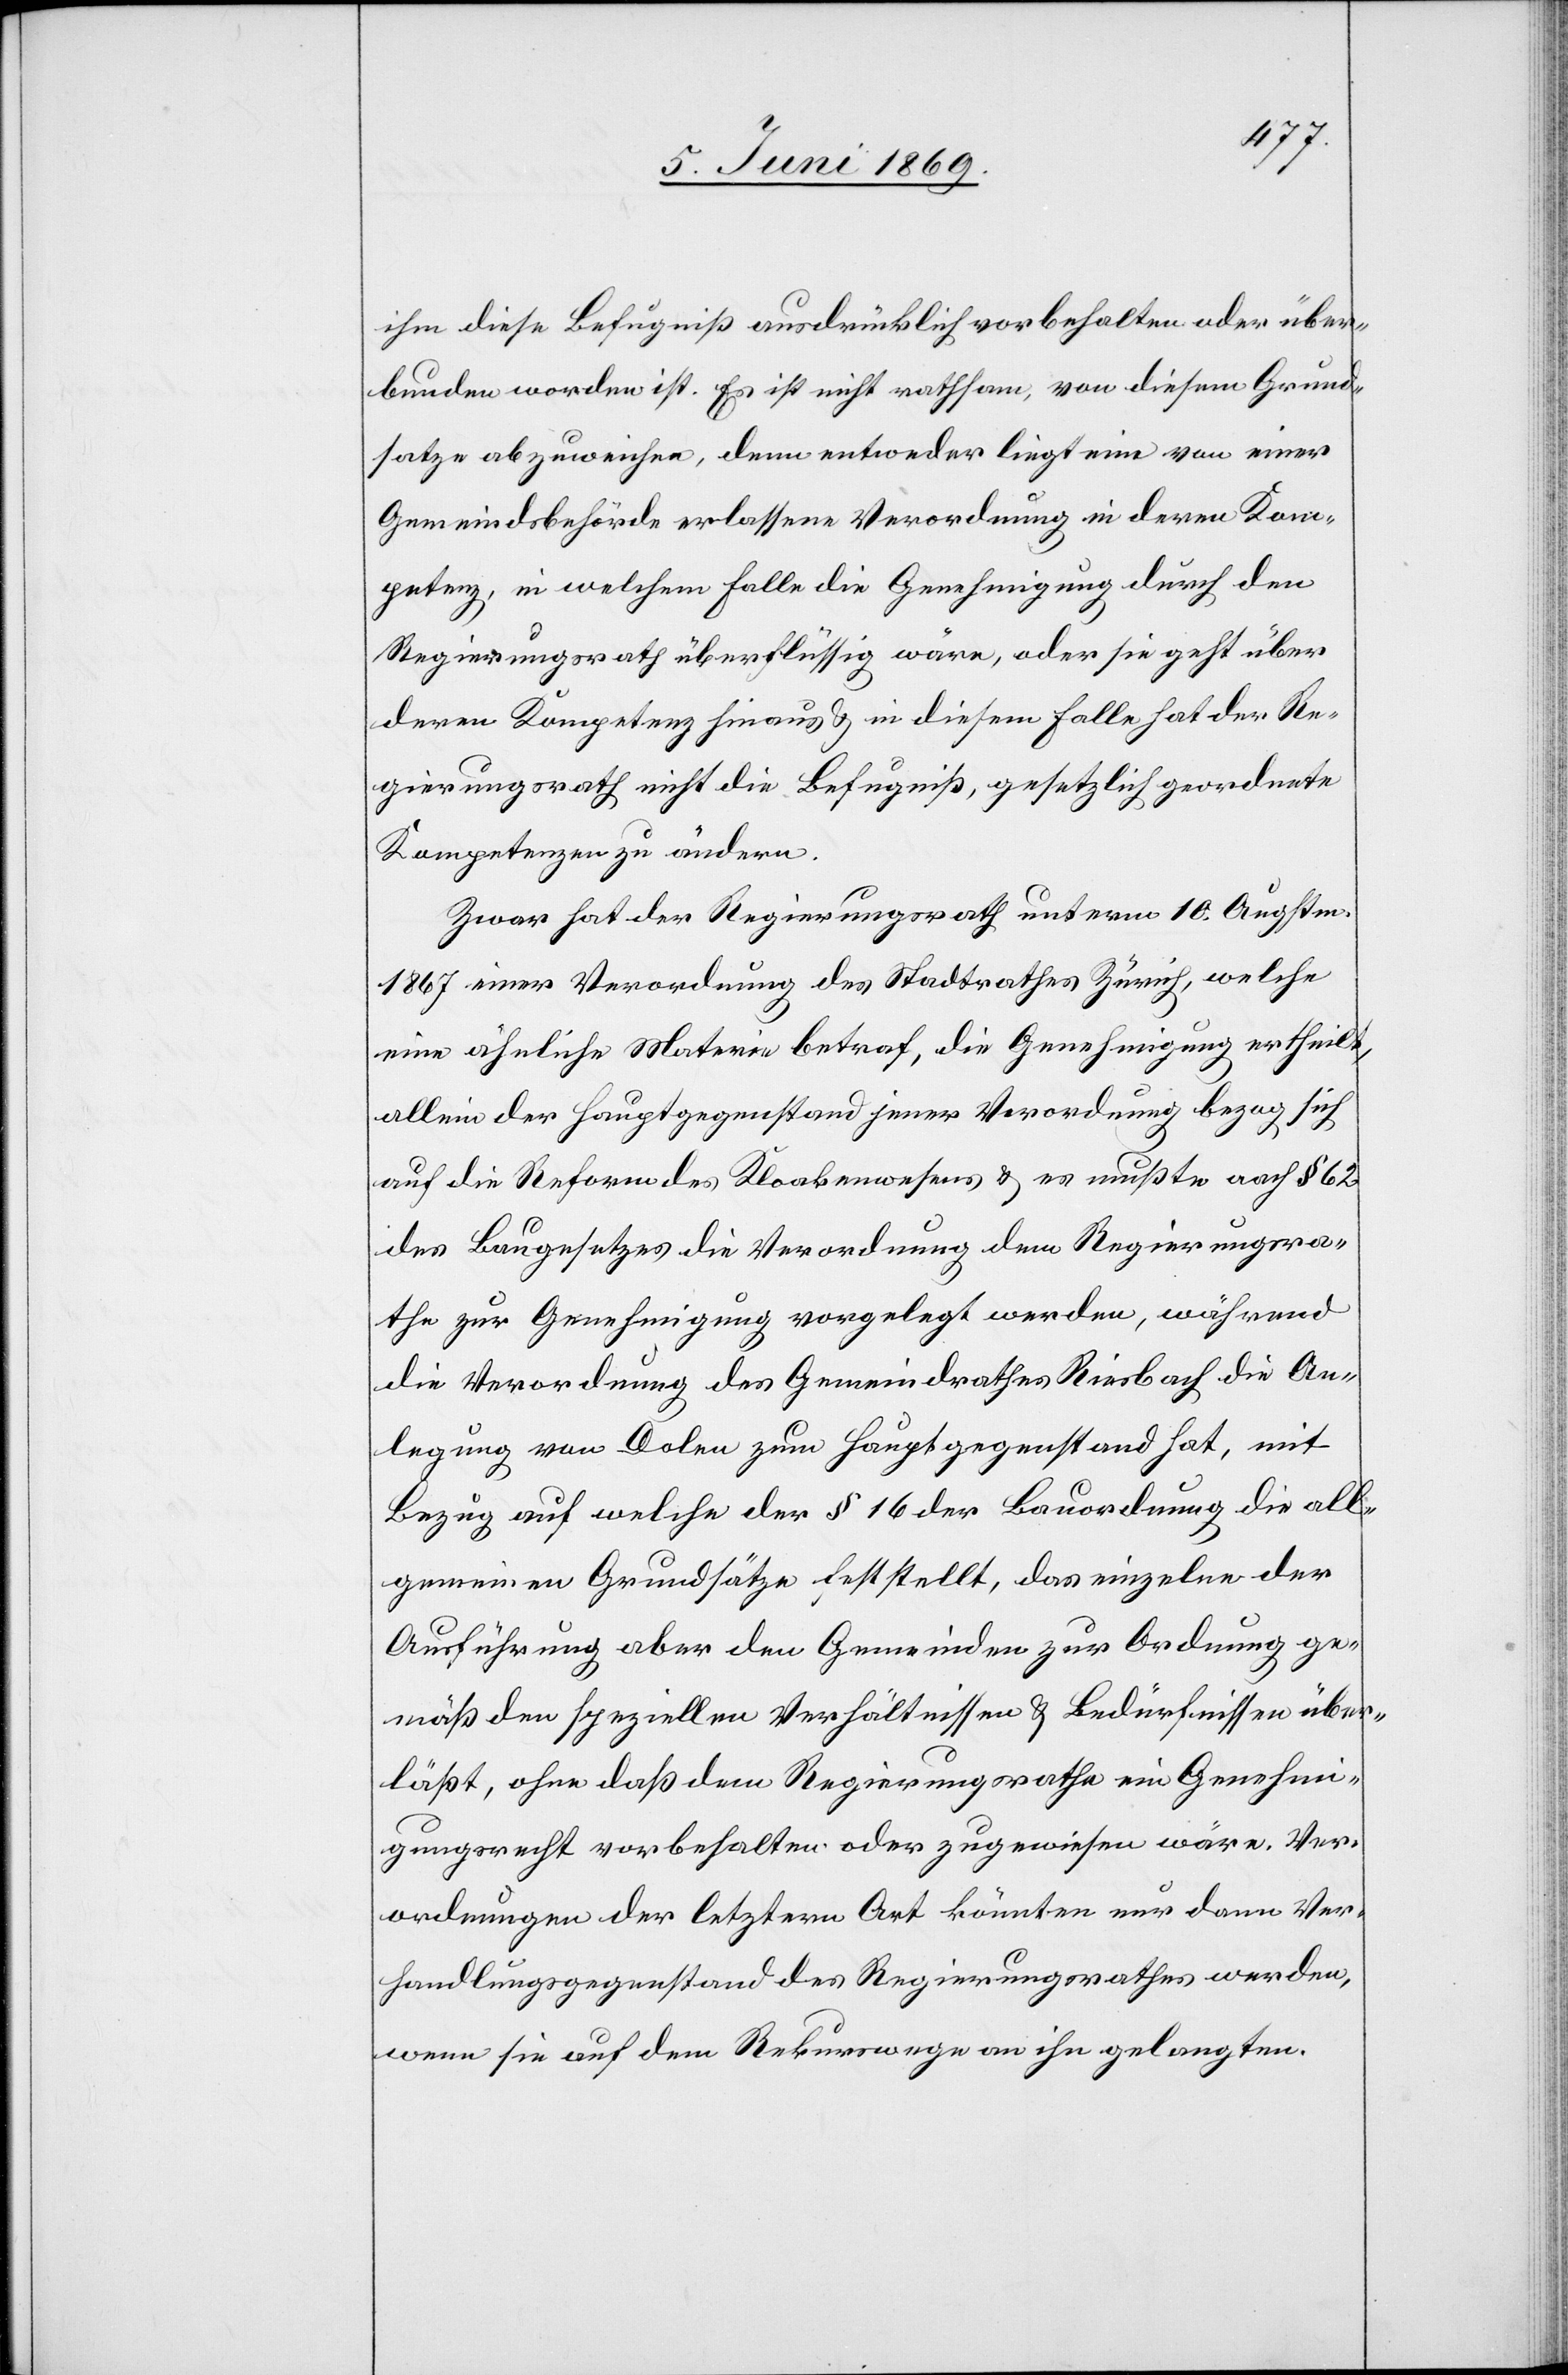
ihm diese Befugniß ausdrücklich vorbehalten oder über¬
bunden worden ist. Es ist nicht rathsam, von diesem Grund¬
satze abzuweichen, denn entweder liegt eine von einer
Gemeindsbehörde erlassene Verordnung in deren Kom¬
petenz, in welchem Falle die Genehmigung durch den
Regierungsrath überflüssig wäre, oder sie geht über
deren Kompetenz hinaus u. in diesem Falle hat der Re¬
gierungsrath nicht die Befugniß, gesetzlich geordnete
Kompetenzen zu ändern.
Zwar hat der Regierungsrath unterm 10 Augstm.
1867 einer Verordnung des Stadtrathes Zürich, welche
eine ähnliche Materie betraf, die Genehmigung ertheilt,
allein der Hauptgegenstand jener Verordnung bezog sich
auf die Reform des Kloakenwesens u. es mußte nach § 62
des Baugesetzes die Verordnung dem Regierungsra¬
the zur Genehmigung vorgelegt werden, während
die Verordnung des Gemeindrathes Riesbach die An¬
legung von Dolen zum Hauptgegenstand hat, mit
Bezug auf welche der § 16 der Bauordnung die all¬
gemeinen Grundsätze feststellt, das einzelne der
Ausführung aber den Gemeinden zur Ordnung ge¬
mäß den speziellen Verhältnissen u. Bedürfnissen über¬
läßt, ohne daß dem Regierungsrathe eine Genehmi¬
gungsrecht vorbehalten oder zugewiesen wäre. Ver¬
ordnungen der letztern Art könnten nur dann Ver¬
handlungsgegenstand des Regierungsrathes werden,
wenn sie auf dem Rekurswege an ihn gelangten.